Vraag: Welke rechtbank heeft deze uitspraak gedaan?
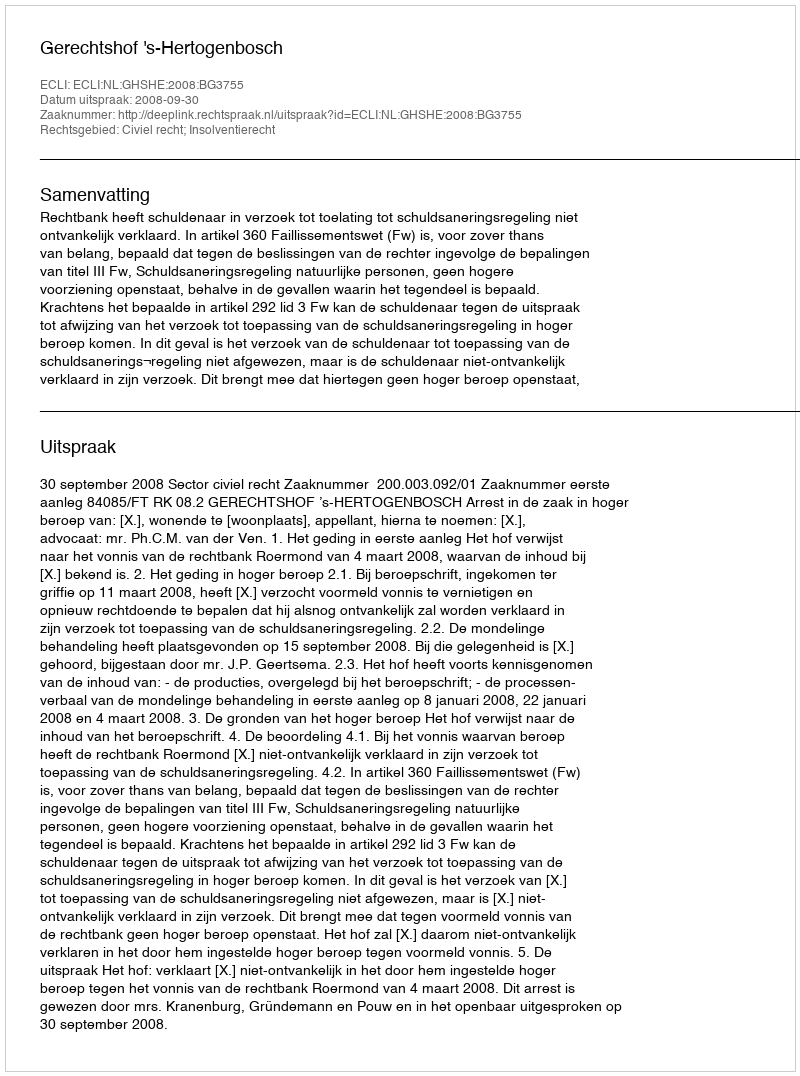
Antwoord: Gerechtshof 's-Hertogenbosch